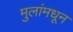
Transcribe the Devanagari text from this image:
मुलांमधून